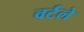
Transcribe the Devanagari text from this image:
वर्टले